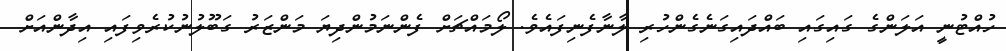
ހުއްޓުނީ އަލަންގެ ގައިގައި ބައްދައިގަނެގެންހުރި ލާނާފެނިފައެވެ. ލޯމައްޗަށް ފެންނަމުންދިޔަ މަންޒަރު ގަބޫލުނުކުރެވިފައި އިދާންއަށް